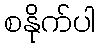
စနိုက်ပါ